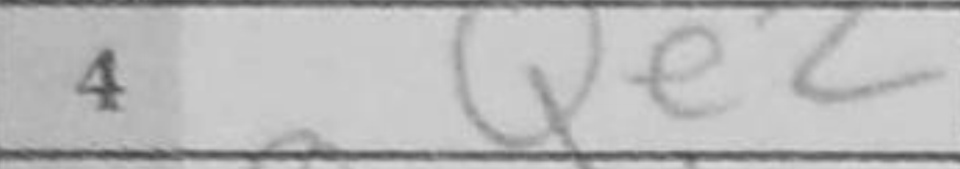
Transcription: Qe2